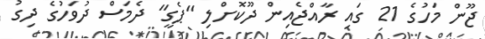
ޖޫން މަހުގެ 21 ގައި ރާއްޖެއިން ދޫކޮށްލި "ޕެގީ" ދެމަސް ދުވަހުގެ ދިގު